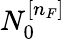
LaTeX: N_{0}^{[n_{F}]}